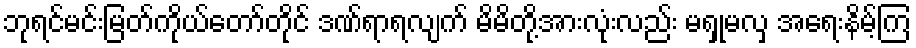
ဘုရင်မင်းမြတ်ကိုယ်တော်တိုင် ဒဏ်ရာရလျက် မိမိတို့အားလုံးလည်း မရှုမလှ အရေးနိမ့်ကြ